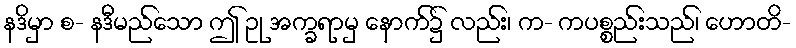
နဒိမှာ စ- နဒီမည်သော ဤ ဥု အက္ခရာမှ နောက်၌ လည်း၊ က- ကပစ္စည်းသည်၊ ဟောတိ-